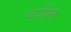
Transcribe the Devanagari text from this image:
चाविन